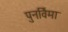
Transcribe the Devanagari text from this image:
पुनर्विमा